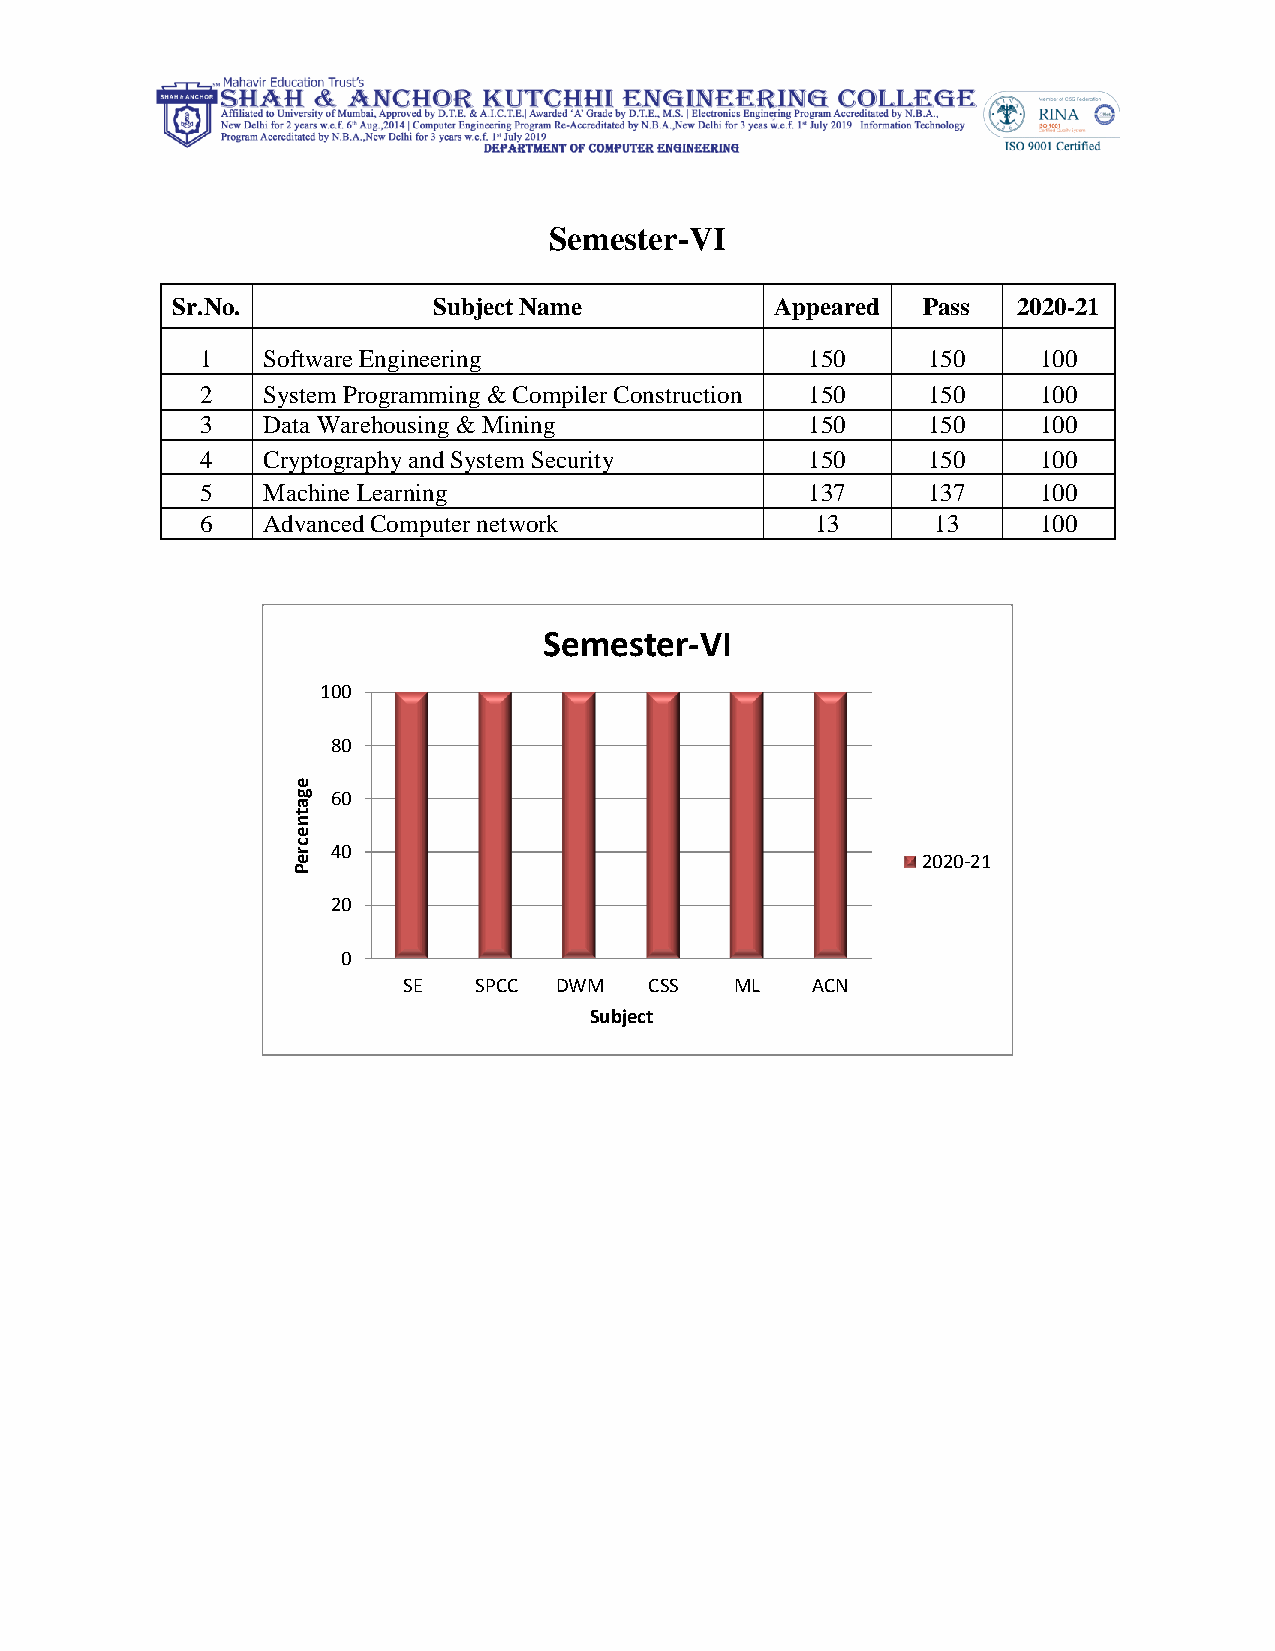
Semester-VI
 Sr.No.            Subject Name          Appeared  Pass  2020-21
 1   Software Engineering                 150    150     100
 2   System Programming & Compiler Construction 150 150  100
 3   Data Warehousing & Mining            150    150     100
 4   Cryptography and System Security     150    150     100
 5   Machine Learning                     137    137     100
 6   Advanced Computer network            13      13     100
 Semester-VI
 100
 80
 e
 g  60
 a
 t
 n
 e
 c r 40
 e                                         2020-21
 P
 20
 0
 SE  SPCC  DWM   CSS   ML   ACN
 Subject